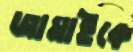
জামাইকে